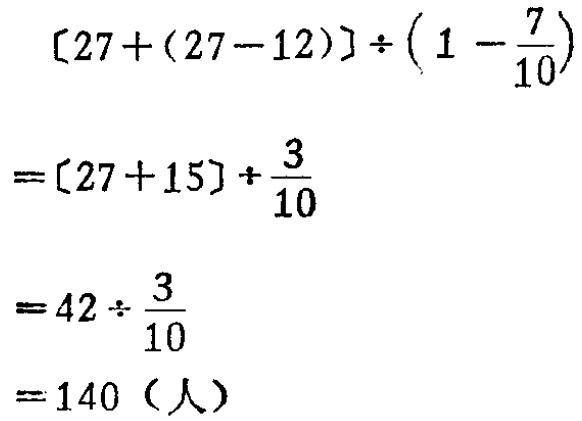
\[

\begin{align*}

[27+(27 - 12)]\div(1-\frac{7}{10})&=[27 + 15]\div\frac{3}{10}\\

&=42\div\frac{3}{10}\\

&= 140 \text{（人）}

\end{align*}

\]